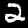
Label: 2